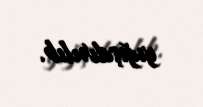
yığışdırılıb.